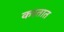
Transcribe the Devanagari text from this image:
करतात़